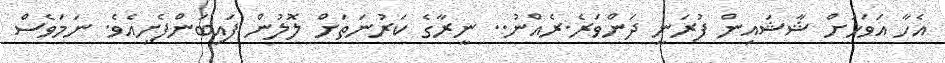
އެހާ އަވަހަށް ޝާޝައިން ފުރަނީ ދަންވަރެ.ރެއްނު.. ނީރާގެ ކަރުނަތަށް ލޮލުން ފައިބަންފެށިއެވެ. ނަމަވެސް